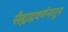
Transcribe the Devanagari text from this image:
सैह्याद्रवर्णनातून